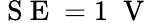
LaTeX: \mathrm{~S~E~}=1\; \mathrm{~V~}